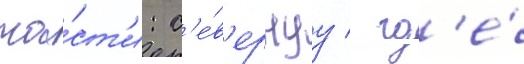
ча́ст'и: с'е́в'ернуу / гд'е́